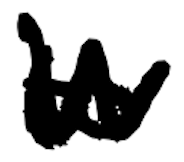
Text: to
Cross-out: mix
Writing tool: digital_black